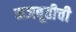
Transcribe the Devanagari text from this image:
मजबूतीची